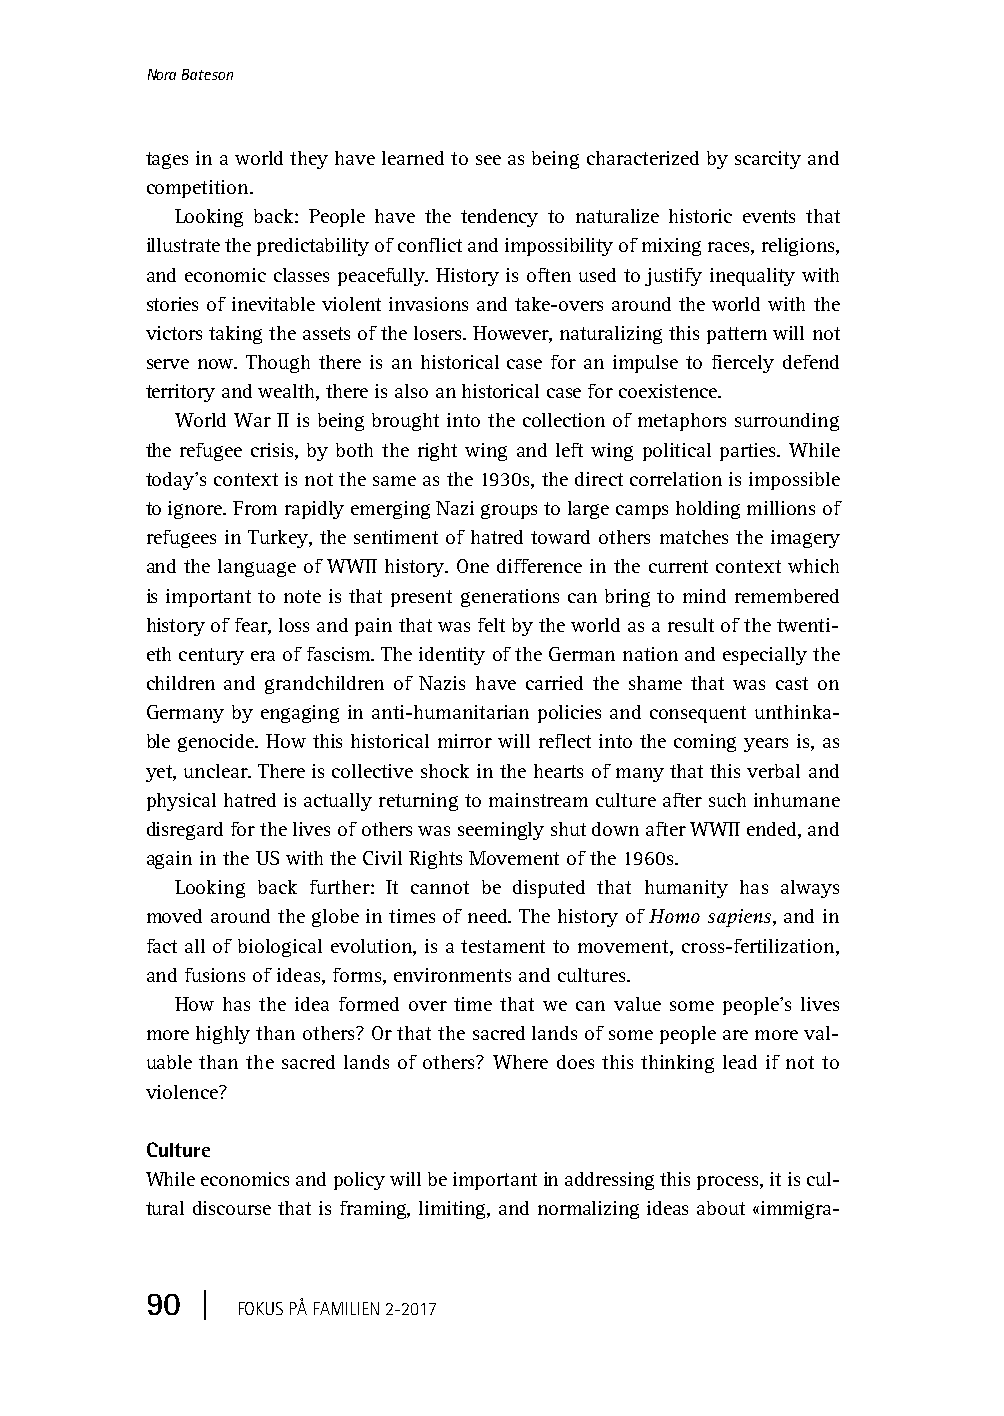
Fokus-2017-2.book Page 90 Monday, April 10, 2017 1:18 PM
 Nora Bateson
 tages in a world they have learned to see as being characterized by scarcity and
 competition.
 Looking back: People have the tendency to naturalize historic events that
 illustrate the predictability of conflict and impossibility of mixing races, religions,
 and economic classes peacefully. History is often used to justify inequality with
 stories of inevitable violent invasions and take-overs around the world with the
 victors taking the assets of the losers. However, naturalizing this pattern will not
 serve now. Though there is an historical case for an impulse to fiercely defend
 territory and wealth, there is also an historical case for coexistence.
 World War II is being brought into the collection of metaphors surrounding
 the refugee crisis, by both the right wing and left wing political parties. While
 today’s context is not the same as the 1930s, the direct correlation is impossible
 to ignore. From rapidly emerging Nazi groups to large camps holding millions of
 refugees in Turkey, the sentiment of hatred toward others matches the imagery
 and the language of WWII history. One difference in the current context which
 is important to note is that present generations can bring to mind remembered
 history of fear, loss and pain that was felt by the world as a result of the twenti-
 eth century era of fascism. The identity of the German nation and especially the
 children and grandchildren of Nazis have carried the shame that was cast on
 Germany by engaging in anti-humanitarian policies and consequent unthinka-
 ble genocide. How this historical mirror will reflect into the coming years is, as
 yet, unclear. There is collective shock in the hearts of many that this verbal and
 physical hatred is actually returning to mainstream culture after such inhumane
 disregard for the lives of others was seemingly shut down after WWII ended, and
 again in the US with the Civil Rights Movement of the 1960s.
 Looking back further: It cannot be disputed that humanity has always
 moved around the globe in times of need. The history of Homo sapiens, and in
 fact all of biological evolution, is a testament to movement, cross-fertilization,
 and fusions of ideas, forms, environments and cultures.
 How has the idea formed over time that we can value some people’s lives
 more highly than others? Or that the sacred lands of some people are more val-
 uable than the sacred lands of others? Where does this thinking lead if not to
 violence?
 Culture
 While economics and policy will be important in addressing this process, it is cul-
 tural discourse that is framing, limiting, and normalizing ideas about «immigra-
 90 |
 FOKUS PÅ FAMILIEN2-2017